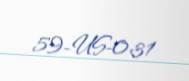
59-US-031